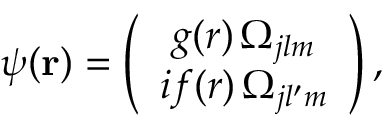
\psi ( \mathbf { r } ) = \left( \begin{array} { c } { g ( r ) \, \Omega _ { j l m } } \\ { i f ( r ) \, \Omega _ { j l ^ { \prime } m } } \end{array} \right) ,